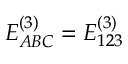
E _ { A B C } ^ { ( 3 ) } = E _ { 1 2 3 } ^ { ( 3 ) }